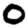
Digit: 0